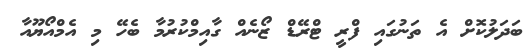
ބަދަލުކޮށް އެ ތަނުގައި ފްރީ ޓްރޭޑް ޒޯނެއް ގާއިމްކުރުމާ ބެހޭ މި އެމްއޯޔޫއާ